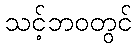
သင့်ဘဝတွင်